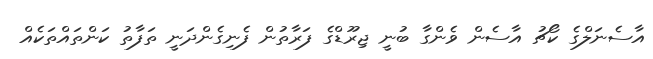
އާސެނަލްގެ ކޯޗު އާސެން ވެންގާ ބުނީ ޖިރޫޑްގެ ފަރާތުން ފެނިގެންދަނީ ތަފާތު ކަންތައްތަކެއް